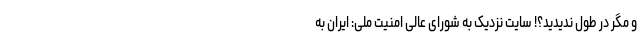
و مگر در طول ندیدید؟! سایت نزدیک به شورای عالی امنیت ملی: ایران به